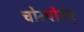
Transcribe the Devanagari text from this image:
चोम्पोसेर्